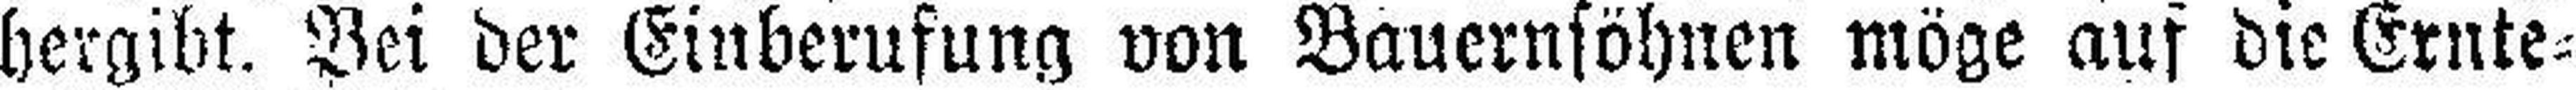
hergibt. Bei der Einberufung von Bauernsöhnen möge auf die Ernte¬